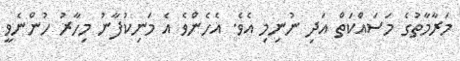
މަރާމާތުގެ މަސައްކަތް އަދި ނުނިމި އެވެ. އެހެންވެ އެ މަނިކުފާނު މިހާރު ހުންނެވީ